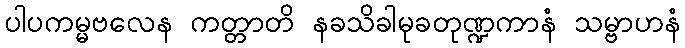
ပါပကမ္မဗလေန ကတ္တာတိ နခသိခါမုခတုဏ္ဍကာနံ သမ္ဗာဟနံ